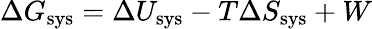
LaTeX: \Delta G_{\mathrm{sys}}=\Delta U_{\mathrm{sys}}-T\Delta S_{\mathrm{sys}}+W